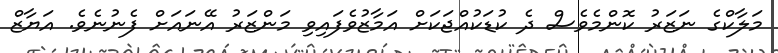
މަލާކްގެ ނަޒަރު ކޮންމެވެސް ދެ ކުޑަކުއްޖަކަށް އަމާޒުވެފައިވި މަންޒަރު އޭނައަށް ފެނުނެވެ. އަޔާޒް